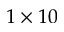
1 \times 1 0